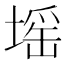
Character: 𡏟